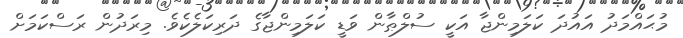
މުޙައްމަދު އައުދަ ކަލަމިންޖާ އަކީ ސުލްޠާން ވަޑީ ކަލަމިންޖާގެ ދަރިކަލެކެވެ. މިރަދުން ރަސްކަމަށް